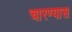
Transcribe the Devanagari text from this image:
चारण्यास